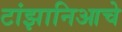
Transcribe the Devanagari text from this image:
टांझानिआचे